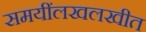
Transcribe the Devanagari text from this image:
समयींलखलखीत